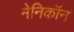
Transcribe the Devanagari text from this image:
मेनिकॉन